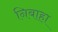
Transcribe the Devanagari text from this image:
निबाहा